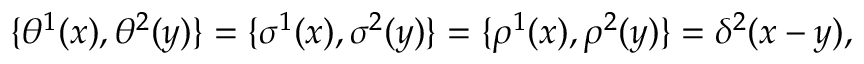
\{ \theta ^ { 1 } ( x ) , \theta ^ { 2 } ( y ) \} = \{ \sigma ^ { 1 } ( x ) , \sigma ^ { 2 } ( y ) \} = \{ \rho ^ { 1 } ( x ) , \rho ^ { 2 } ( y ) \} = \delta ^ { 2 } ( x - y ) ,